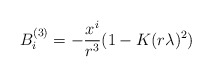
\begin{align*}B_i^{(3)} = -{x^i \over r^3}(1-K(r\lambda)^2)\end{align*}